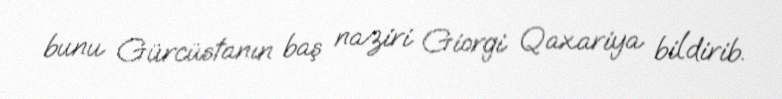
bunu Gürcüstanın baş naziri Giorgi Qaxariya bildirib.